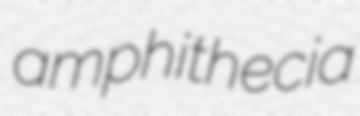
amphithecia